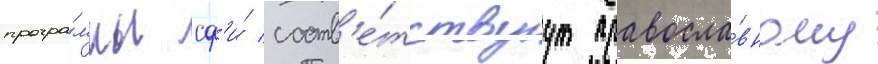
програ́ммы сф'и́ соотв'е́тствуут правосла́вному